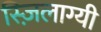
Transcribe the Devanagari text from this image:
स्ज़िलाग्यी